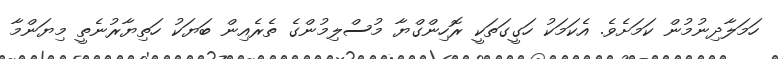
ހަމަލާދިނުމުން ކަމަށެވެ. އެކަމަކު ހަގީގަތަކީ ރޮހިންގްޔާ މުސްލިމުންގެ ތެރެއިން ބަޔަކު ހަތިޔާރުނެތީ މިޔަންމާ